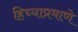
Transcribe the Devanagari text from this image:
हिच्याप्रमाणे